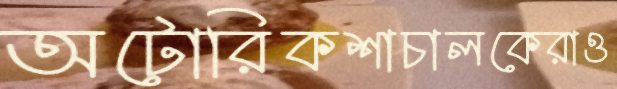
অটোরিকশাচালকেরাও